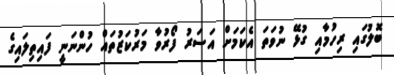
ބޮލުގައި ރިހުމާއި ގުޅޭ ނުވަތަ އެކަމަށް އަސަރު ފޯރުވާ މަރުކަޒުތައް ހުންނަނީ ފައިތިލައިގެ